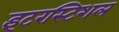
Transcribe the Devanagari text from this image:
इंटरस्टिशल